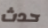
حدث